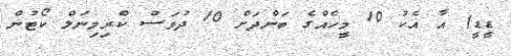
ޑީޑީ) އާ އެކު 10 މީހެއްގެ ބަންދަށް 10 ދުވަސް ކްރިމިނަލް ކޯޓުން